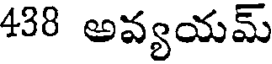
438 అవ్యయమ్